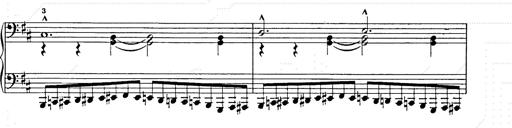
Title: Ballade No.2
Composer: Jan Skrzydlewski
Key: B minor